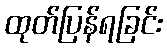
ထုတ်ပြန်ရခြင်း